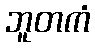
ဘူတကံ